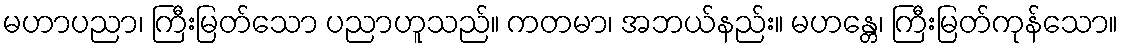
မဟာပညာ၊ ကြီးမြတ်သော ပညာဟူသည်။ ကတမာ၊ အဘယ်နည်း။ မဟန္တေ၊ ကြီးမြတ်ကုန်သော။